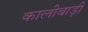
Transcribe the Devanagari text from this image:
कालीबाड़ी